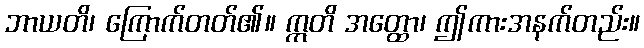
ဘာယတိ၊ ကြောက်တတ်၏။ ဣတိ အတ္ထော၊ ဤကားအနက်တည်း။